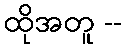
ထိုအတူ --